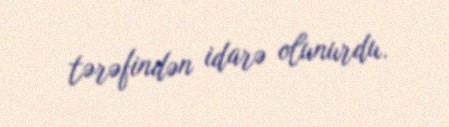
tərəfindən idarə olunurdu.